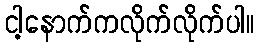
ငါ့နောက်ကလိုက်လိုက်ပါ။